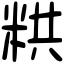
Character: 粠